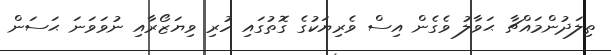
ތިލަދުންމައްޗާ ޙަވާލު ވެގެން އިސް ވެރިޔަކުގެ ގޮތުގައި ހުރި ވިޔަޒޯރާއި ނުވަވަނަ ޙަސަން